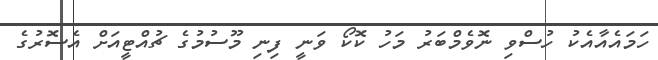
ހަމައެއާއެކު ހުސްވި ނޮވެމްބަރު މަހު ކޮކޯ ވަނީ ފިނި މޫސުމުގެ ޗުއްޓީއަށް އެސޮރުގެ